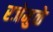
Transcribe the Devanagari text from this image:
रजेमुळे